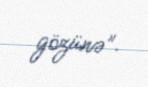
gözünə”.